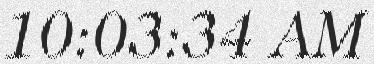
10:03:34 AM